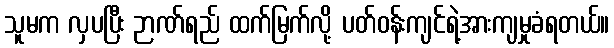
သူမက လှပပြီး ဉာဏ်ရည် ထက်မြက်လို့ ပတ်ဝန်းကျင်ရဲ့အားကျမှုခံရတယ်။